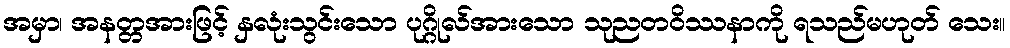
အမှာ၊ အနတ္တအားဖြင့် နှလုံးသွင်းသော ပုဂ္ဂိုလ်အားသော သုညတဝိဿနာကို ရသည်မဟုတ် သေး။